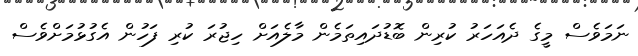
ނަމަވެސް މީގެ ދެއަހަރު ކުރިން ބޮޑުދައިތަމެން މާލެއަށް ހިޖުރަ ކުރި ފަހުން އެގުޅުމަށްވެސް